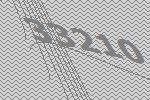
33210